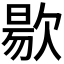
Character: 𭭐